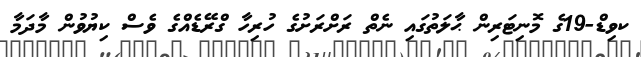
ކވިޑް-19ގެ މޮނިޓަރިން ޙާލަތުގައި ނެތް ރަށްރަށުގެ ހުރިހާ ގްރޭޑެއްގެ ވެސް ކިޔުވުން މާދަމާ